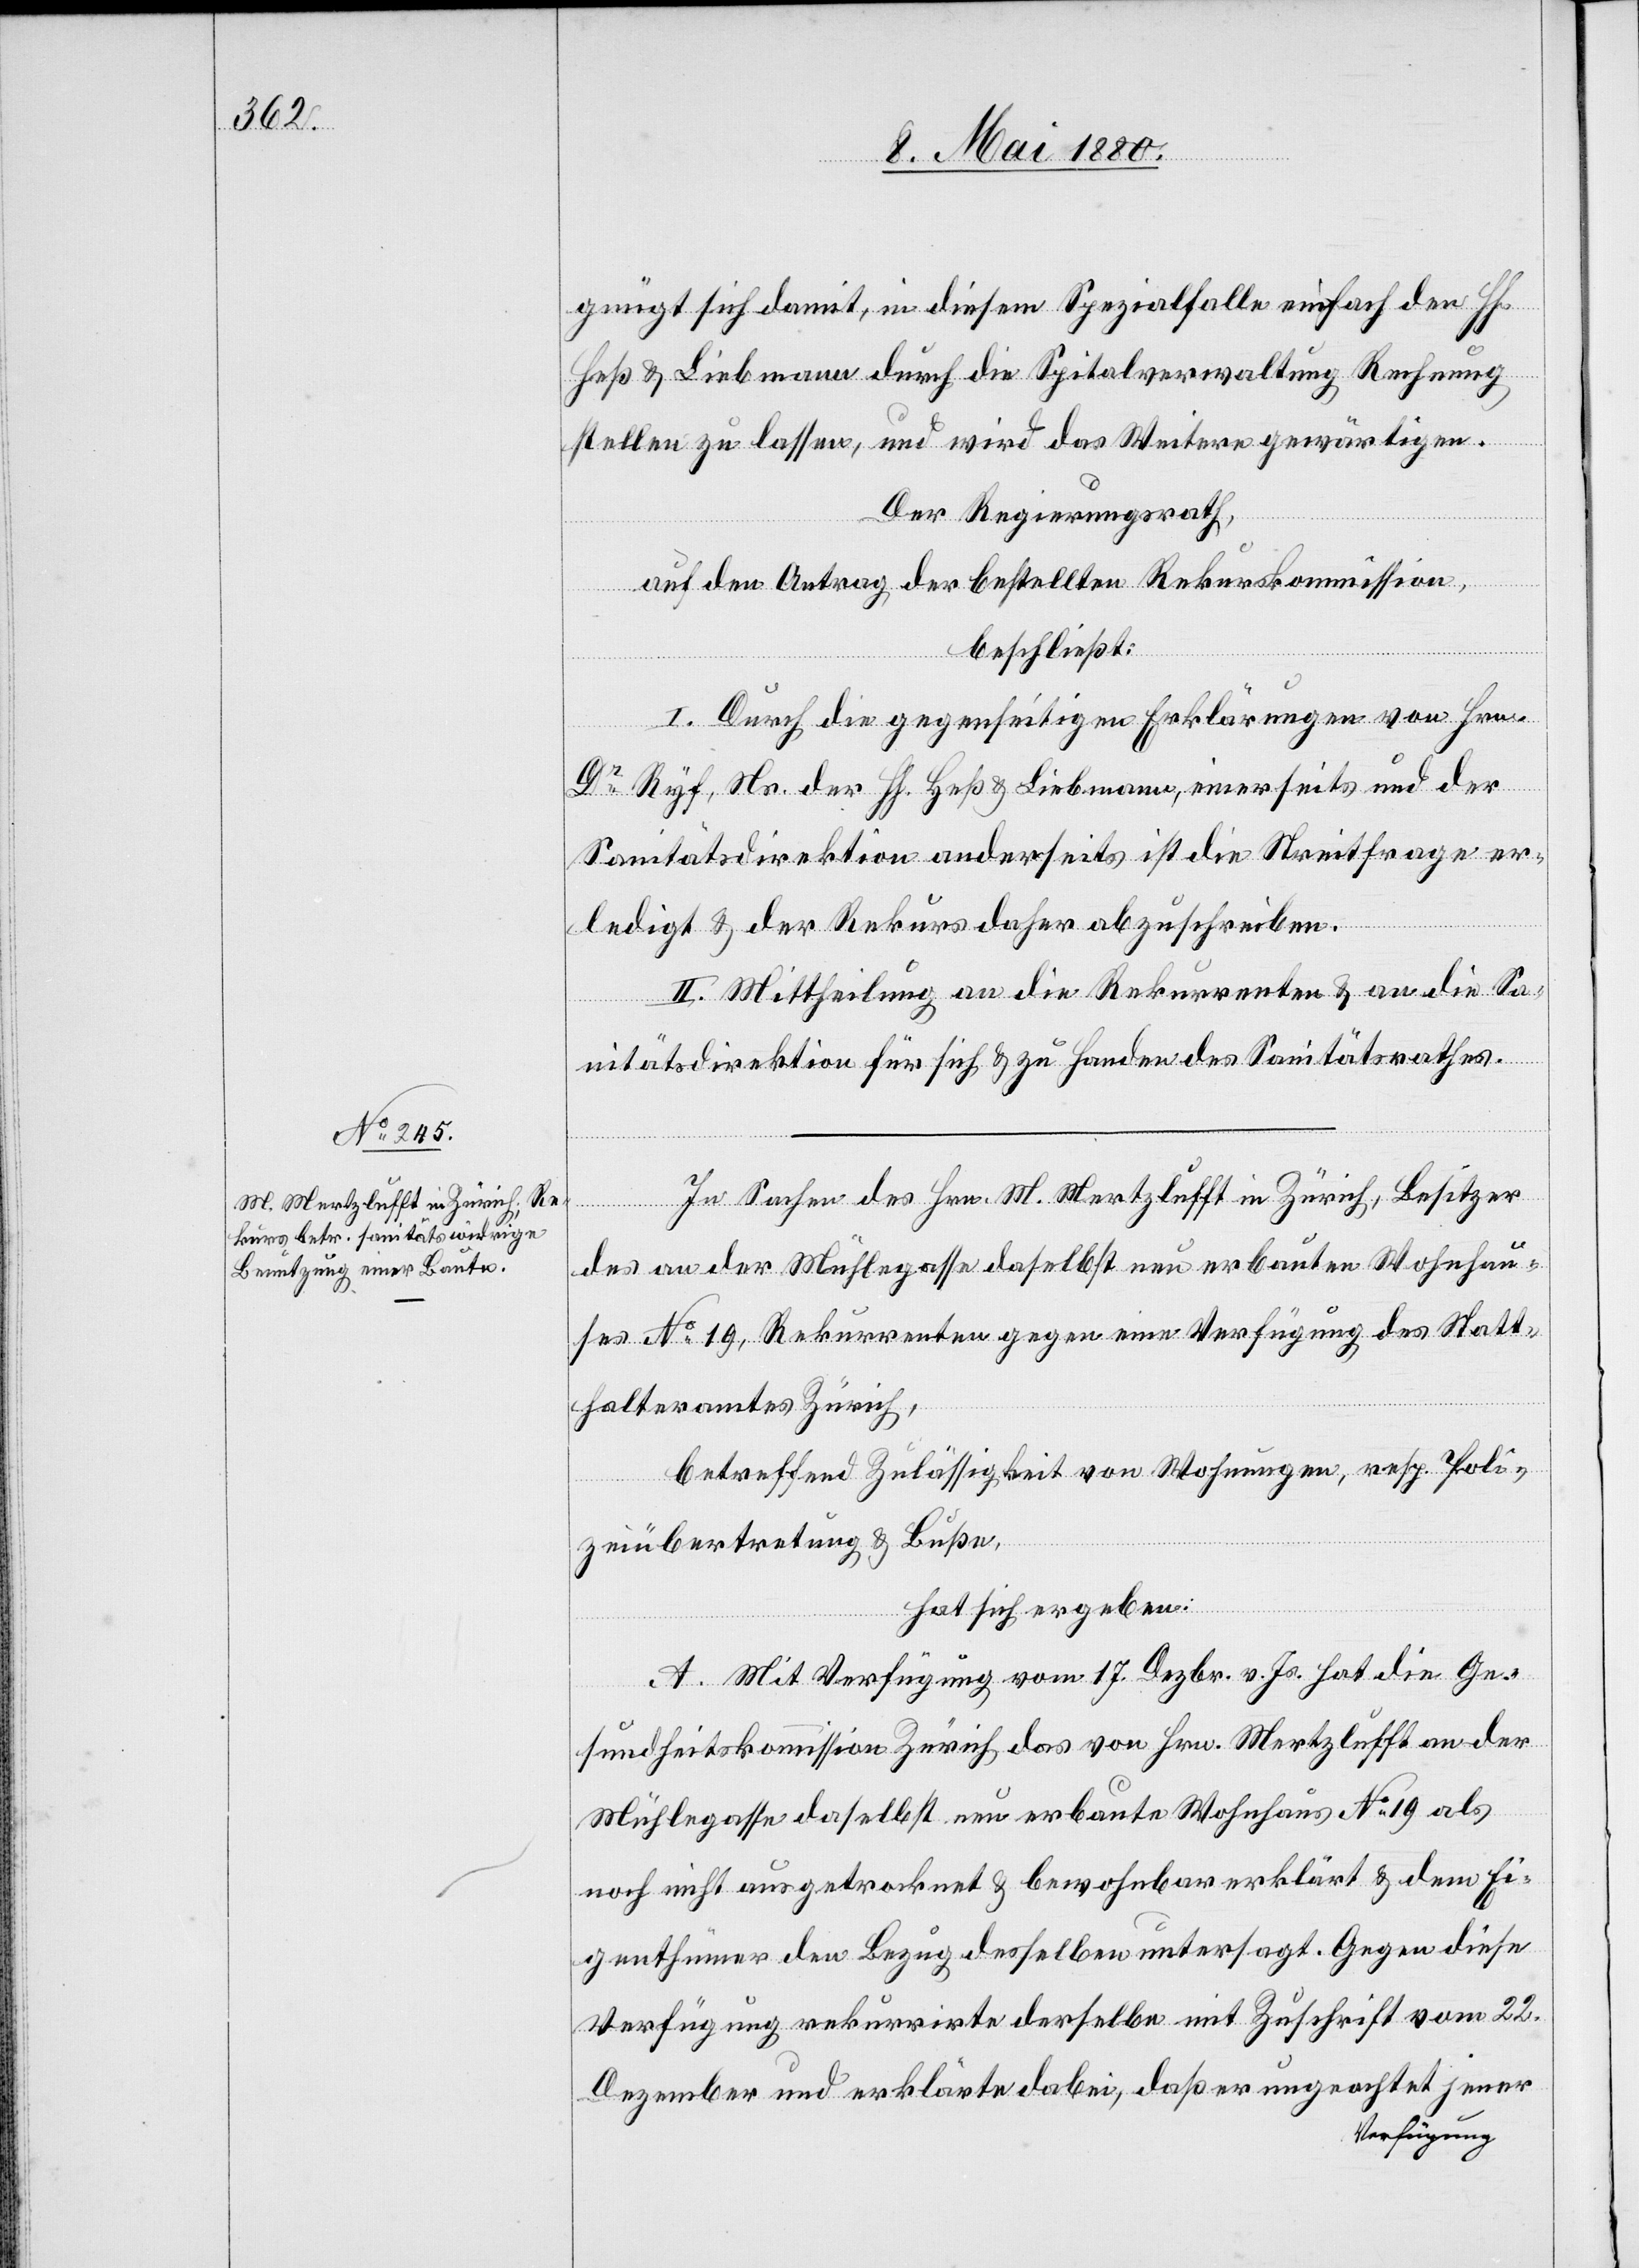
gnügt sich damit, in diesem Spezialfalle einfach den HH.
Heß & Liebmann durch die Spitalverwaltung Rechnung
stellen zu lassen, und wird das Weitere gewärtigen.
Der Regierungsrath,
auf den Antrag der bestellten Rekurskommission,
beschließt:
I. Durch die gegenseitigen Erklärungen von Hrn.
Dr Ryf, Ns. der HH. Heß & Liebmann, einerseits und der
Sanitätsdirektion anderseits ist die Streitfrage er¬
ledigt & der Rekurs daher abzuschreiben.
II. Mittheilung an die Rekurrenten & an die Sa¬
nitätsdirektion für sich & zu Handen des Sanitätsrathes.
In Sachen des Hrn. M. Mertzlufft in Zürich, Besitzer
des an der Mühlegasse daselbst neu erbauten Wohnhau¬
ses No 19, Rekurrenten gegen eine Verfügung des Statt¬
halteramtes Zürich,
betreffend Zulässigkeit von Wohnungen, resp. Poli¬
zeiübertretung & Buße,
hat sich ergeben:
A. Mit Verfügung vom 17. Dezbr. v. Js. hat die Ge¬
sundheitskommission Zürich das von Hrn. Mertzlufft an der
Mühlegasse daselbst neu erbaute Wohnhaus No 19 als
noch nicht ausgetrocknet & bewohnbar erklärt & dem Ei¬
genthümer den Bezug desselben untersagt. Gegen diese
Verfügung rekurrirte derselbe mit Zuschrift vom 22.
Dezember und erklärte dabei, daß er ungeachtet jener
Verfügung